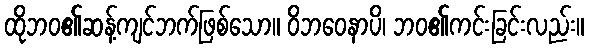
ထိုဘဝ၏ဆန့်ကျင်ဘက်ဖြစ်သော။ ဝိဘဝေနာပိ၊ ဘဝ၏ကင်းခြင်းလည်း။